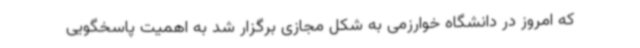
که امروز در دانشگاه خوارزمی به شکل مجازی برگزار شد به اهمیت پاسخگویی